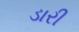
ડારી